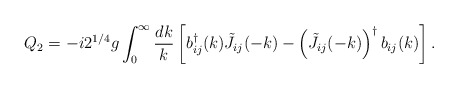
\begin{align*}Q_2 =-i 2^{1/4}g\int_0^{\infty} {dk \over k}\left[b_{ij}^{\dagger}(k) \tilde J_{ij}(-k)-\left(\tilde J_{ij}(-k)\right)^{\dagger}b_{ij}(k)\right] .\end{align*}